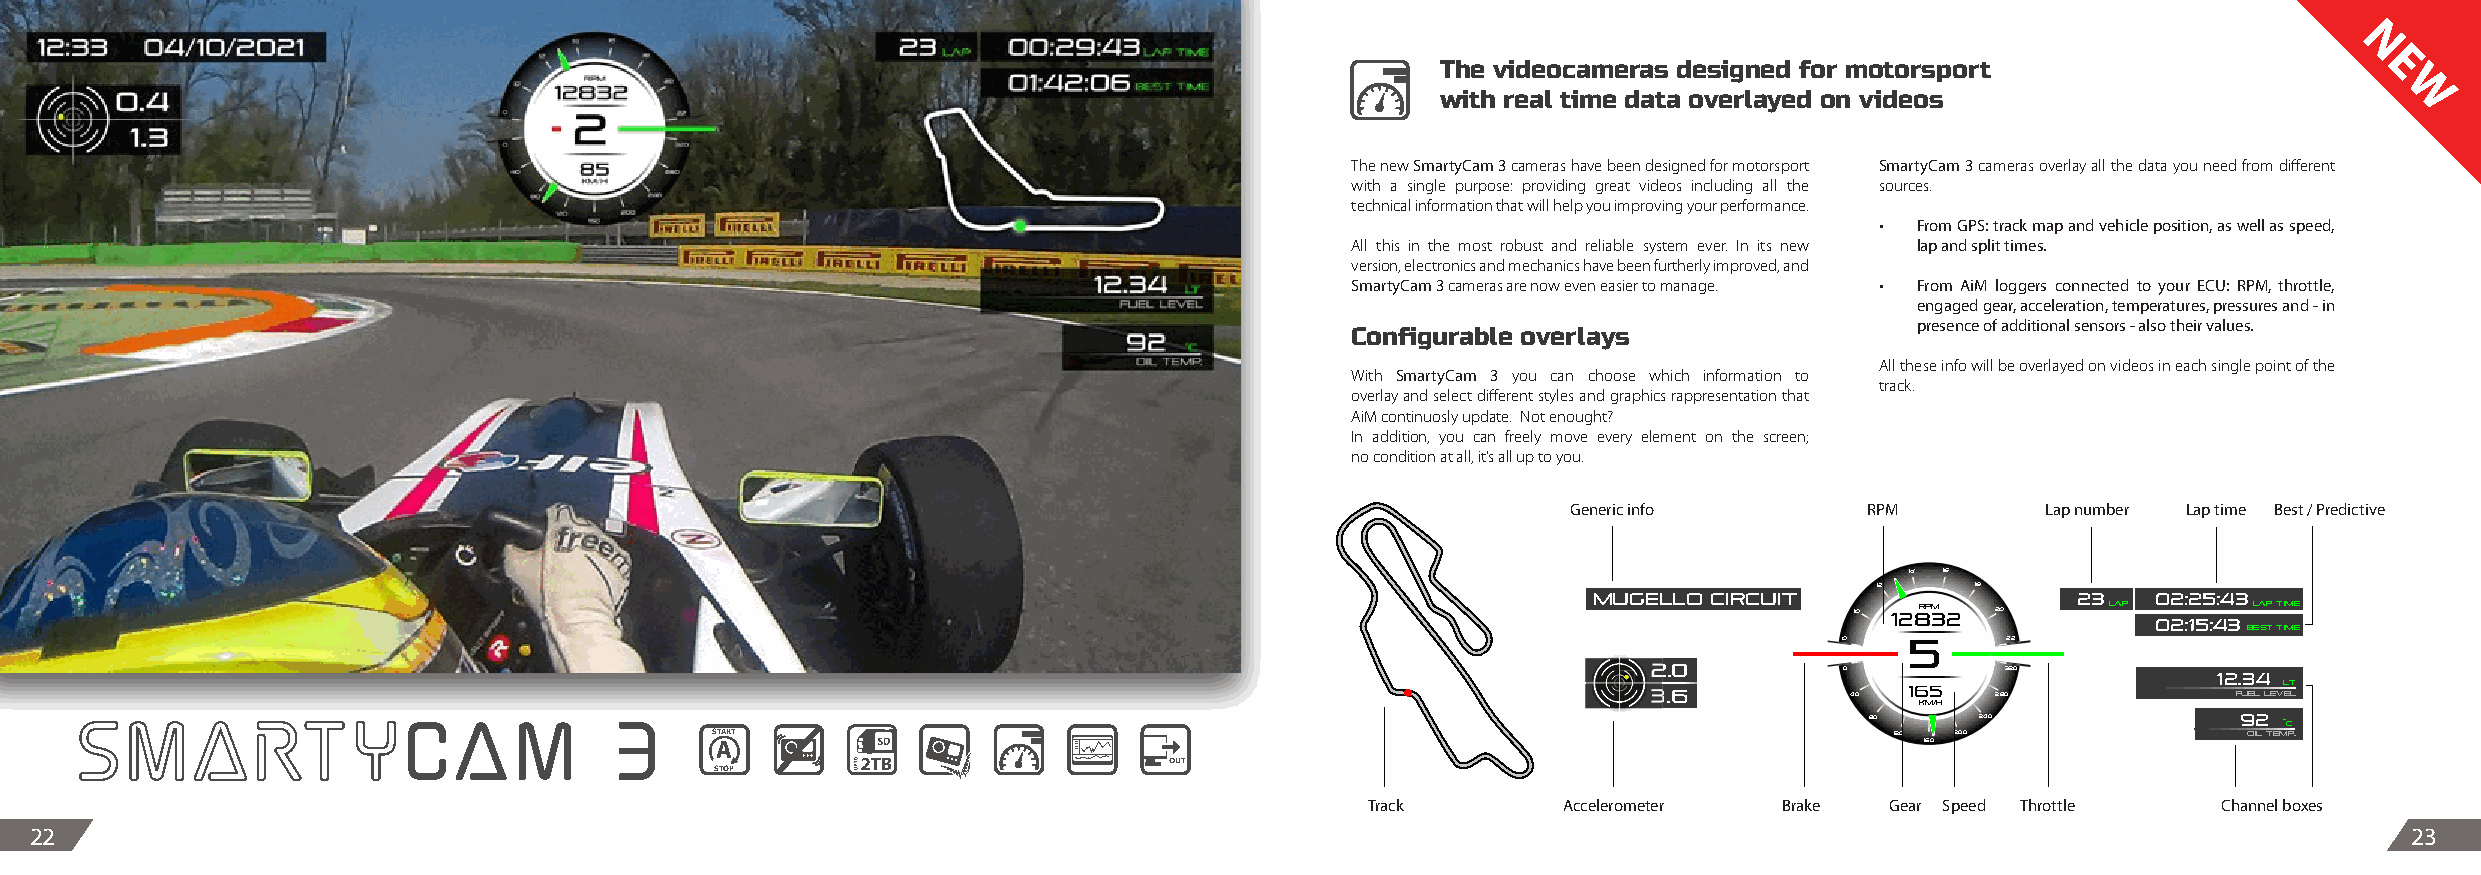
N
 The videocameras designed for motorsport                      E
 with real time data overlayed on videos                         W
 The new SmartyCam 3 cameras have been designed for motorsport SmartyCam 3 cameras overlay all the data you need from different
 with a single purpose: providing great videos including all the sources.
 technical information that will help you improving your performance.
 •  From GPS: track map and vehicle position, as well as speed,
 All this in the most robust and reliable system ever. In its new lap and split times.
 version, electronics and mechanics have been furtherly improved, and
 SmartyCam 3 cameras are now even easier to manage. • From AiM loggers connected to your ECU: RPM, throttle,
 engaged gear, acceleration, temperatures, pressures and - in
 presence of additional sensors - also their values.
 Configurable overlays
 All these info will be overlayed on videos in each single point of the
 With SmartyCam 3 you can choose which information to
 track.
 overlay and select different styles and graphics rappresentation that
 AiM continuosly update. Not enought?
 In addition, you can freely move every element on the screen;
 no condition at all, it’s all up to you.
 Generic info        RPM        Lap number Lap time Best / Predictive
 14 16
 12     18
 mugello circuit                 23    02:25:43
 10 128rp 3m 2 20 lap      lap time
 02:15:43
 best time
 0   5      22
 2.0          0          320           12.34
 SmartyCam                           3                                                                   3.6          40  165   280             fuel levl et l
 km/h
 80     240              92 ˚C
 START                                                                         120 200                 oil temp.
 A                                                                               160
 STOP
 Track       Accelerometer  Brake  Gear Speed TThhrroottttllee Channel boxes
 22                                                                                                                                                            23